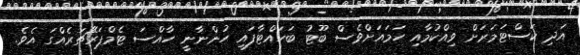
އަދި ކަސްޓަމަރަށް ވިއްކުމާއި ހަމައަށްވެސް ބޫޓު ބަހައްޓާފައި ހުންނާނީ ހާއްސަ ޓެމްޕަރޭޗަރެއްގަ އެވެ.